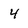
Character: 4